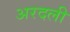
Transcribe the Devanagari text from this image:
अरदली